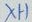
Text: XH